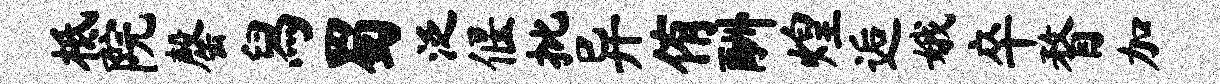
柢院罄舄蜀泛偃批异侑酬煌逅娥卒瞀加